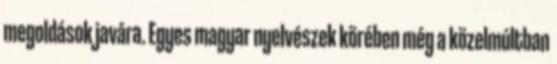
megoldások javára. Egyes magyar nyelvészek körében még a közelmúltban